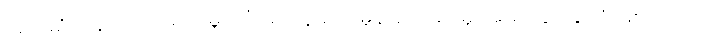
အမေရိကန်ဟာ တစ်ကမ္ဘာလုံးမှာ ကူးစက်မှုနဲ့ သေဆုံးမှု အများဆုံးနိုင်ငံ ဖြစ်ပါတယ်။